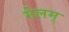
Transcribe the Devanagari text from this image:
मेलम्